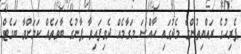
ޕެރިހުގެ ރައްޔިތުންގެ މެދުގައި ހާއްސަ މަގާމެއް ދެވިފައިވާ ޕާނުގެ ބާވަތެއް ކަމަށްވާ ބަގެޓް